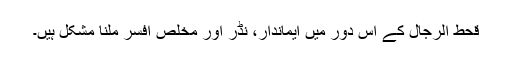
قحط الرجال کے اس دور میں ایماندار، نڈر اور مخلص افسر ملنا مشکل ہیں۔